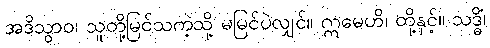
အဒိသွာဝ၊ သူတို့မြင်သကဲ့သို့ မမြင်ပဲလျှင်။ ဣမေဟိ၊ တို့နှင့်။ သဒ္ဓိံ၊